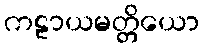
ကဠာယမတ္တိယော